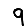
Digit: 9